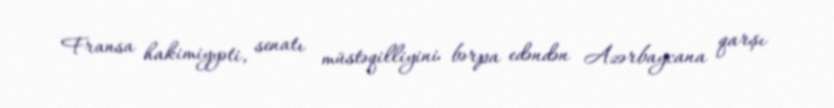
Fransa hakimiyyəti, senatı müstəqilliyini bərpa edəndən Azərbaycana qarşı